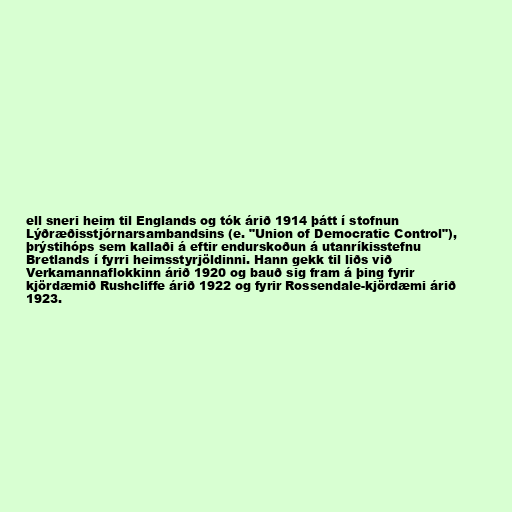
ell sneri heim til Englands og tók árið 1914 þátt í stofnun
Lýðræðisstjórnarsambandsins (e. "Union of Democratic Control"),
þrýstihóps sem kallaði á eftir endurskoðun á utanríkisstefnu
Bretlands í fyrri heimsstyrjöldinni. Hann gekk til liðs við
Verkamannaflokkinn árið 1920 og bauð sig fram á þing fyrir
kjördæmið Rushcliffe árið 1922 og fyrir Rossendale-kjördæmi árið
1923.